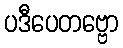
ပဒီပေတဗ္ဗော